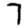
Digit: 7